Trukikaitis_Postimees, lk 18
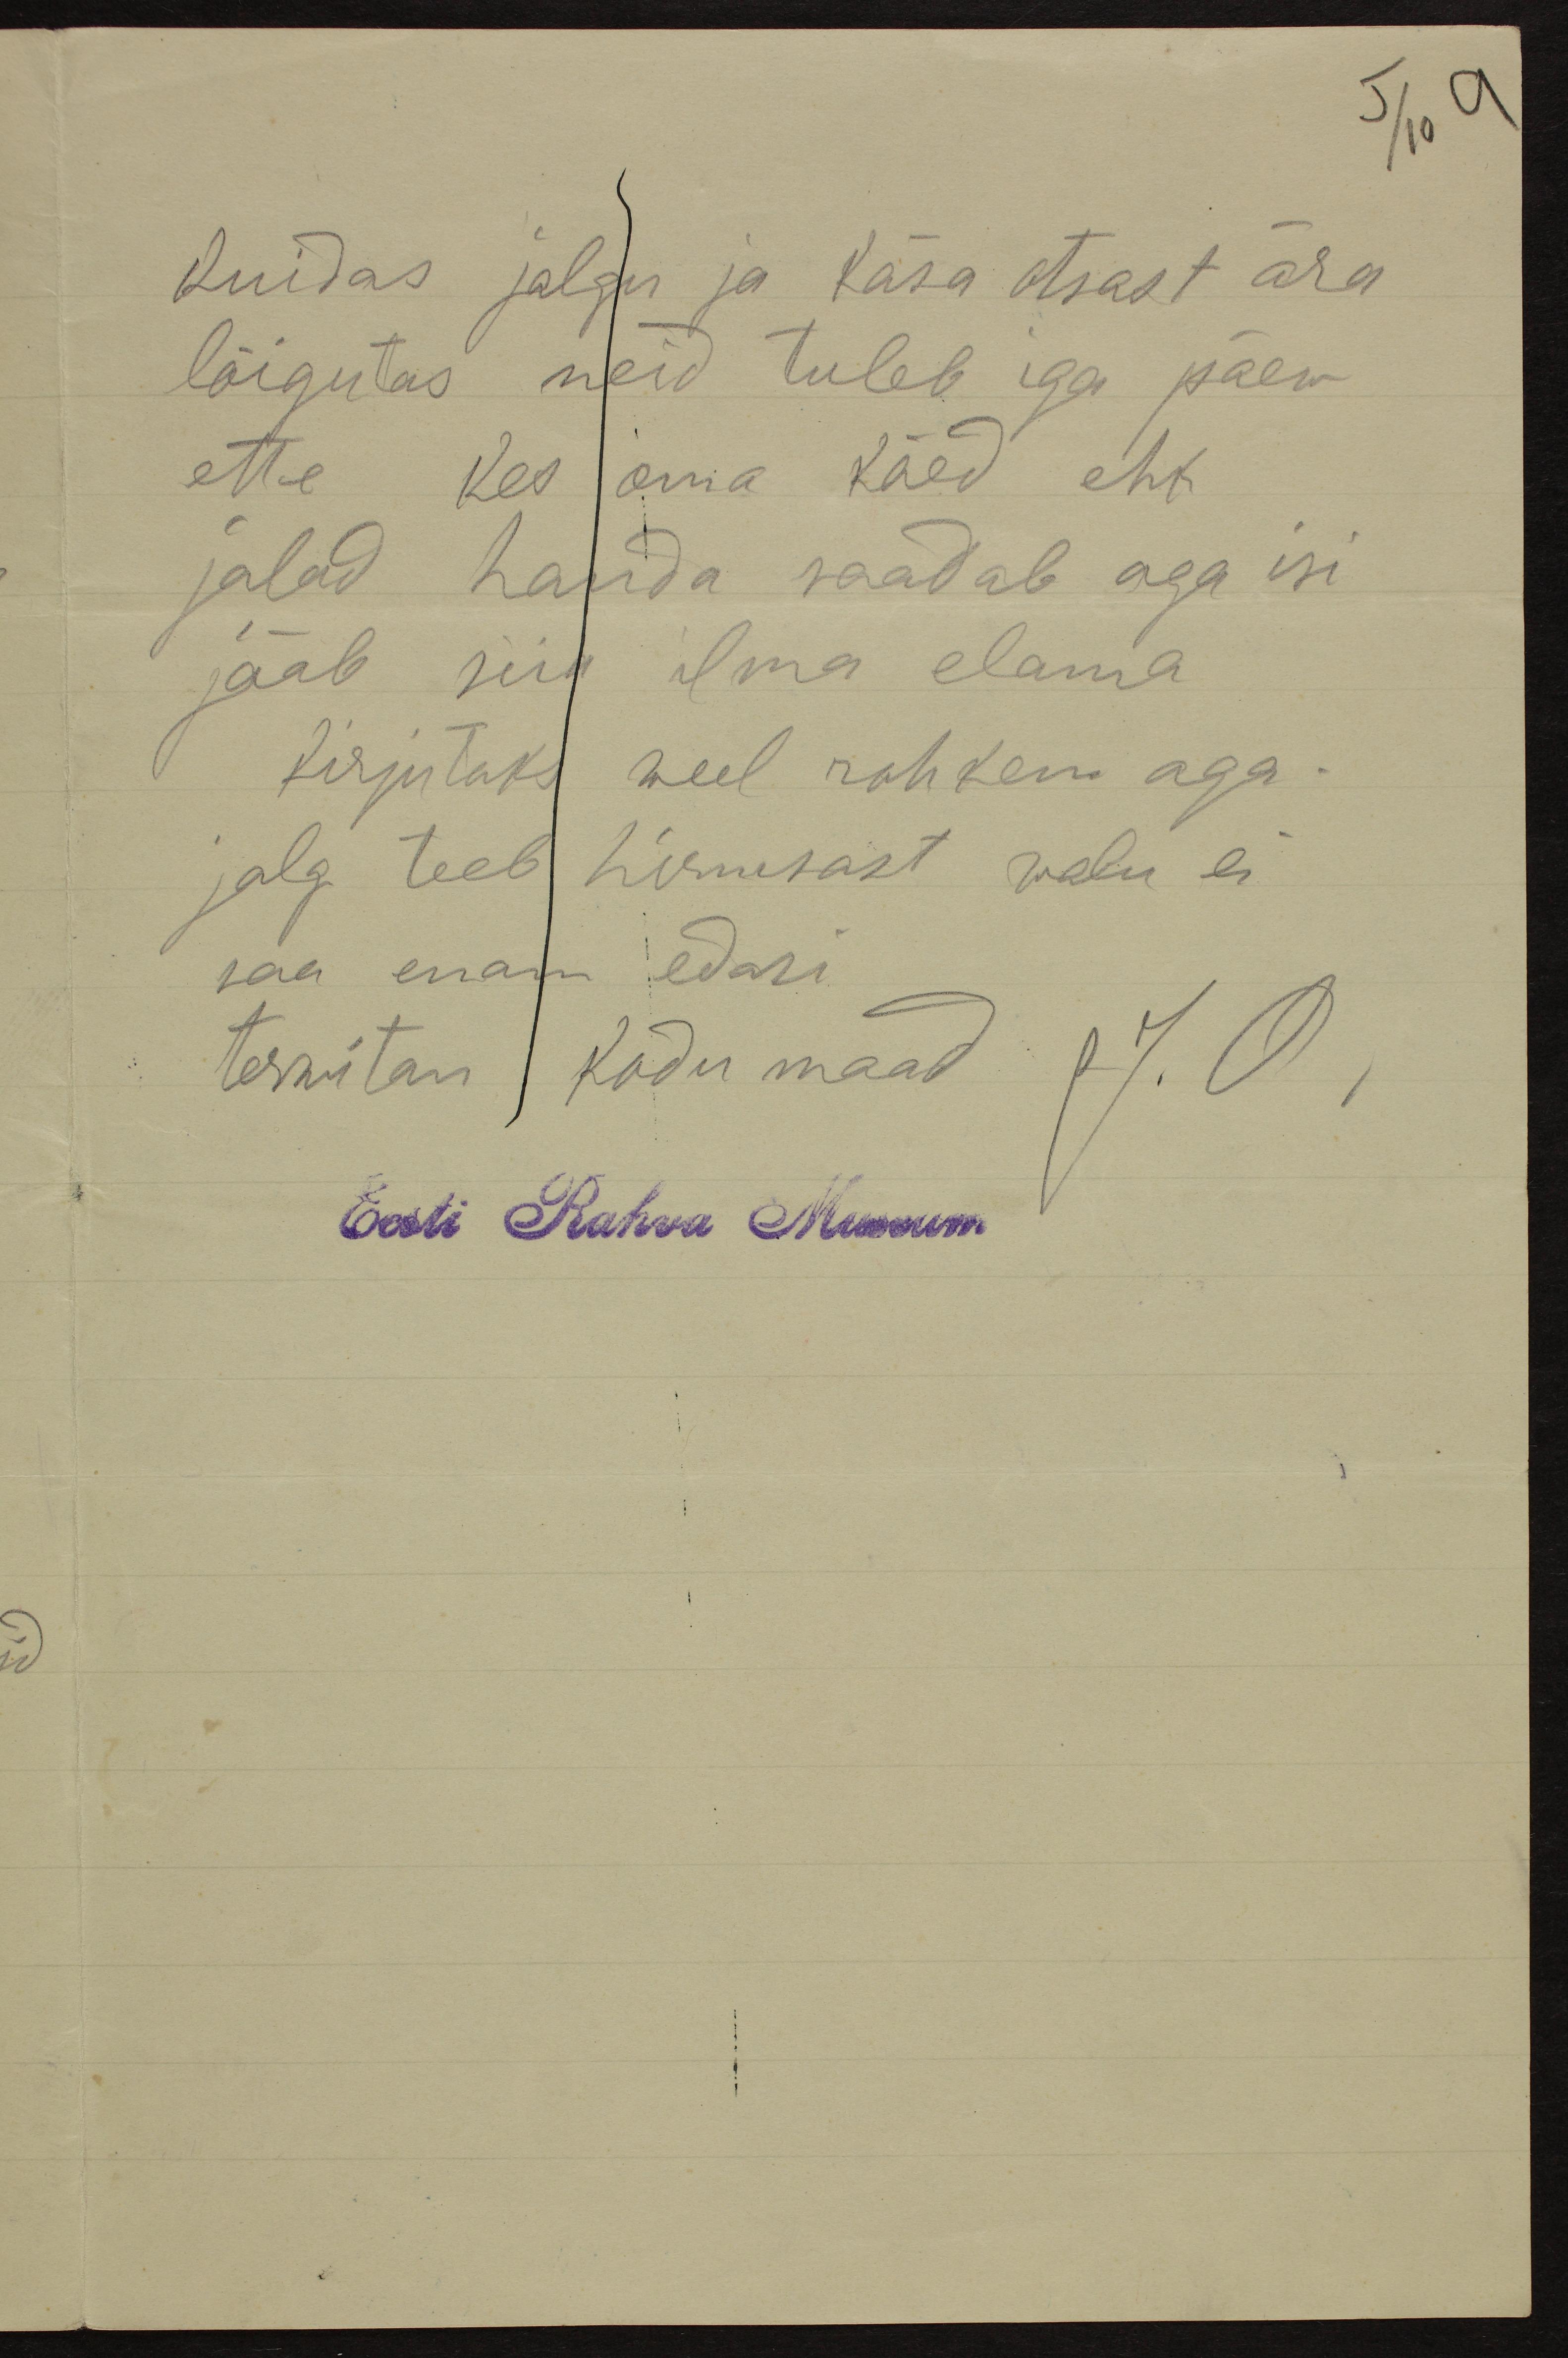
5/10 9

kuidas jalgu ja käsa otsast ära
lõigutas neid tuleb iga päew
ette kes oma käed ehk
jalad hauda saadab aga isi
jääb siin ilma elama
kirjutaks weel rohkem aga
jalg teeb hirmsast walu ei
saa enam edasi.
terwitan kodu maad J. O
Eesti Rahva Museum